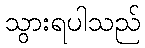
သွားရပါသည်